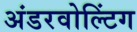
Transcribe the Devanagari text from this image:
अंडरवोल्टिंग